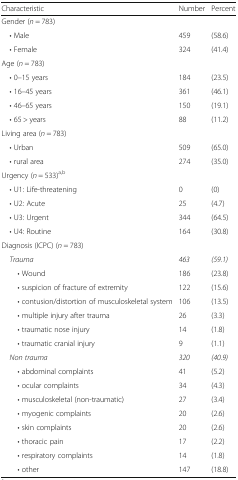
<table><thead><tr><td><b>Characteristic</b></td><td><b>Number</b></td><td><b>Percent</b></td></tr></thead><tbody><tr><td colspan="3">Gender (<i>n</i> = 783)</td></tr><tr><td> • Male</td><td>459</td><td>(58.6)</td></tr><tr><td> • Female</td><td>324</td><td>(41.4)</td></tr><tr><td colspan="3">Age (<i>n</i> = 783)</td></tr><tr><td> • 0–15 years</td><td>184</td><td>(23.5)</td></tr><tr><td> • 16–45 years</td><td>361</td><td>(46.1)</td></tr><tr><td> • 46–65 years</td><td>150</td><td>(19.1)</td></tr><tr><td> • 65 &gt; years</td><td>88</td><td>(11.2)</td></tr><tr><td colspan="3">Living area (<i>n</i> = 783)</td></tr><tr><td> • Urban</td><td>509</td><td>(65.0)</td></tr><tr><td> • rural area</td><td>274</td><td>(35.0)</td></tr><tr><td colspan="3">Urgency (<i>n</i> = 533)<sup>a,b</sup></td></tr><tr><td> • U1: Life-threatening</td><td>0</td><td>(0)</td></tr><tr><td> • U2: Acute</td><td>25</td><td>(4.7)</td></tr><tr><td> • U3: Urgent</td><td>344</td><td>(64.5)</td></tr><tr><td> • U4: Routine</td><td>164</td><td>(30.8)</td></tr><tr><td colspan="3">Diagnosis (ICPC) (<i>n</i> = 783)</td></tr><tr><td> <i>Trauma</i></td><td><i>463</i></td><td><i>(59.1)</i></td></tr><tr><td>• Wound</td><td>186</td><td>(23.8)</td></tr><tr><td>• suspicion of fracture of extremity</td><td>122</td><td>(15.6)</td></tr><tr><td>• contusion/distortion of musculoskeletal system</td><td>106</td><td>(13.5)</td></tr><tr><td>• multiple injury after trauma</td><td>26</td><td>(3.3)</td></tr><tr><td>• traumatic nose injury</td><td>14</td><td>(1.8)</td></tr><tr><td>• traumatic cranial injury</td><td>9</td><td>(1.1)</td></tr><tr><td> <i>Non trauma</i></td><td><i>320</i></td><td><i>(40.9)</i></td></tr><tr><td>• abdominal complaints</td><td>41</td><td>(5.2)</td></tr><tr><td>• ocular complaints</td><td>34</td><td>(4.3)</td></tr><tr><td>• musculoskeletal (non-traumatic)</td><td>27</td><td>(3.4)</td></tr><tr><td>• myogenic complaints</td><td>20</td><td>(2.6)</td></tr><tr><td>• skin complaints</td><td>20</td><td>(2.6)</td></tr><tr><td>• thoracic pain</td><td>17</td><td>(2.2)</td></tr><tr><td>• respiratory complaints</td><td>14</td><td>(1.8)</td></tr><tr><td>• other</td><td>147</td><td>(18.8)</td></tr></tbody></table>